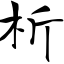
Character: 析